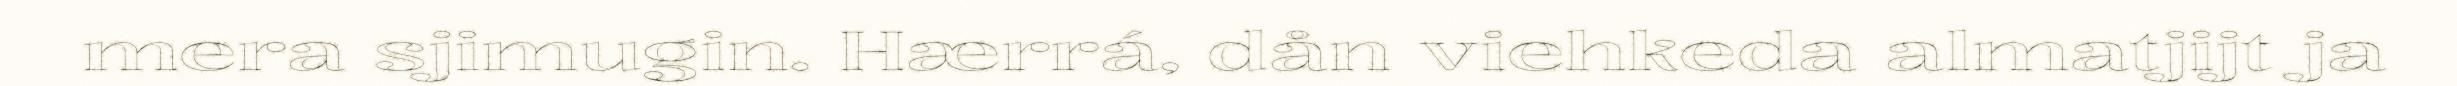
mera sjimugin. Hærrá, dån viehkeda almatjijt ja